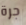
جرة